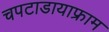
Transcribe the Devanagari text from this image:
चपटाडायाफ्राम